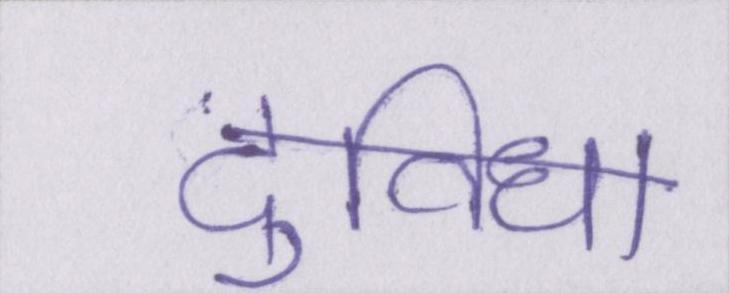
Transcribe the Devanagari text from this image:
दुविधा